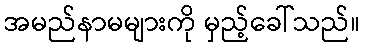
အမည်နာမများကို မှည့်ခေါ်သည်။